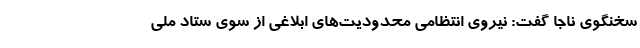
سخنگوی ناجا گفت: نیروی انتظامی محدودیت‌های ابلاغی از سوی ستاد ملی